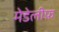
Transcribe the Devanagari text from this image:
मेडेलीफ़